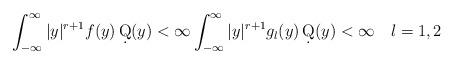
LaTeX: \begin{align*}\int_{-\infty}^\infty |y|^{r+1} f(y) \, \d Q(y) <\infty \int_{-\infty}^\infty |y|^{r+1} g_l(y) \, \d Q(y) < \infty ~~ ~ l=1,2\end{align*}